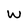
Character: W